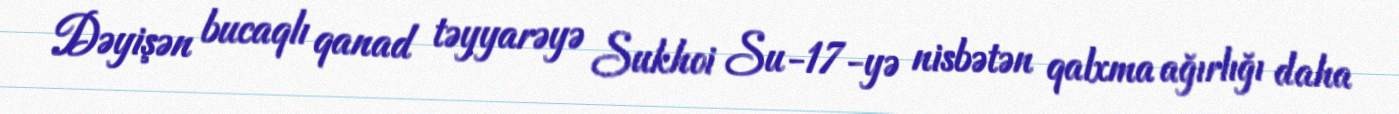
Dəyişən bucaqlı qanad təyyarəyə Sukhoi Su-17-yə nisbətən qalxma ağırlığı daha